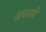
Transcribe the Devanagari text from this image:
अधसड़ी